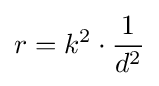
r=k^{2}\cdot {\frac {1}{d^{2}}}